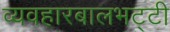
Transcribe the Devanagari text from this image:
व्यवहारबालभट्टी